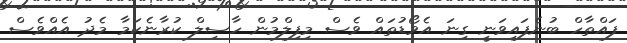
ފައްތާހް ބުނެފައިވަނީ ގިނަ އެވޯޑުތައް ވެސް މިފިލްމުން ހާސިލް ކުރާނެކަމާ މެދު އެއްވެސް